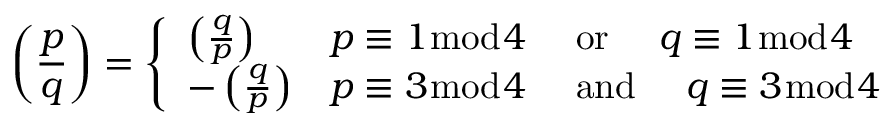
\left( { \frac { p } { q } } \right) = { \left\{ \begin{array} { l l } { \left( { \frac { q } { p } } \right) } & { p \equiv 1 { \bmod { 4 } } \quad { \mathrm { ~ o r ~ } } \quad q \equiv 1 { \bmod { 4 } } } \\ { - \left( { \frac { q } { p } } \right) } & { p \equiv 3 { \bmod { 4 } } \quad { \mathrm { ~ a n d ~ } } \quad q \equiv 3 { \bmod { 4 } } } \end{array} \right. }